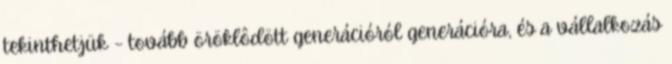
tekinthetjük – tovább öröklôdött generációról generációra, és a vállalkozás